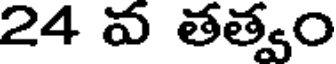
24 వ తత్వం